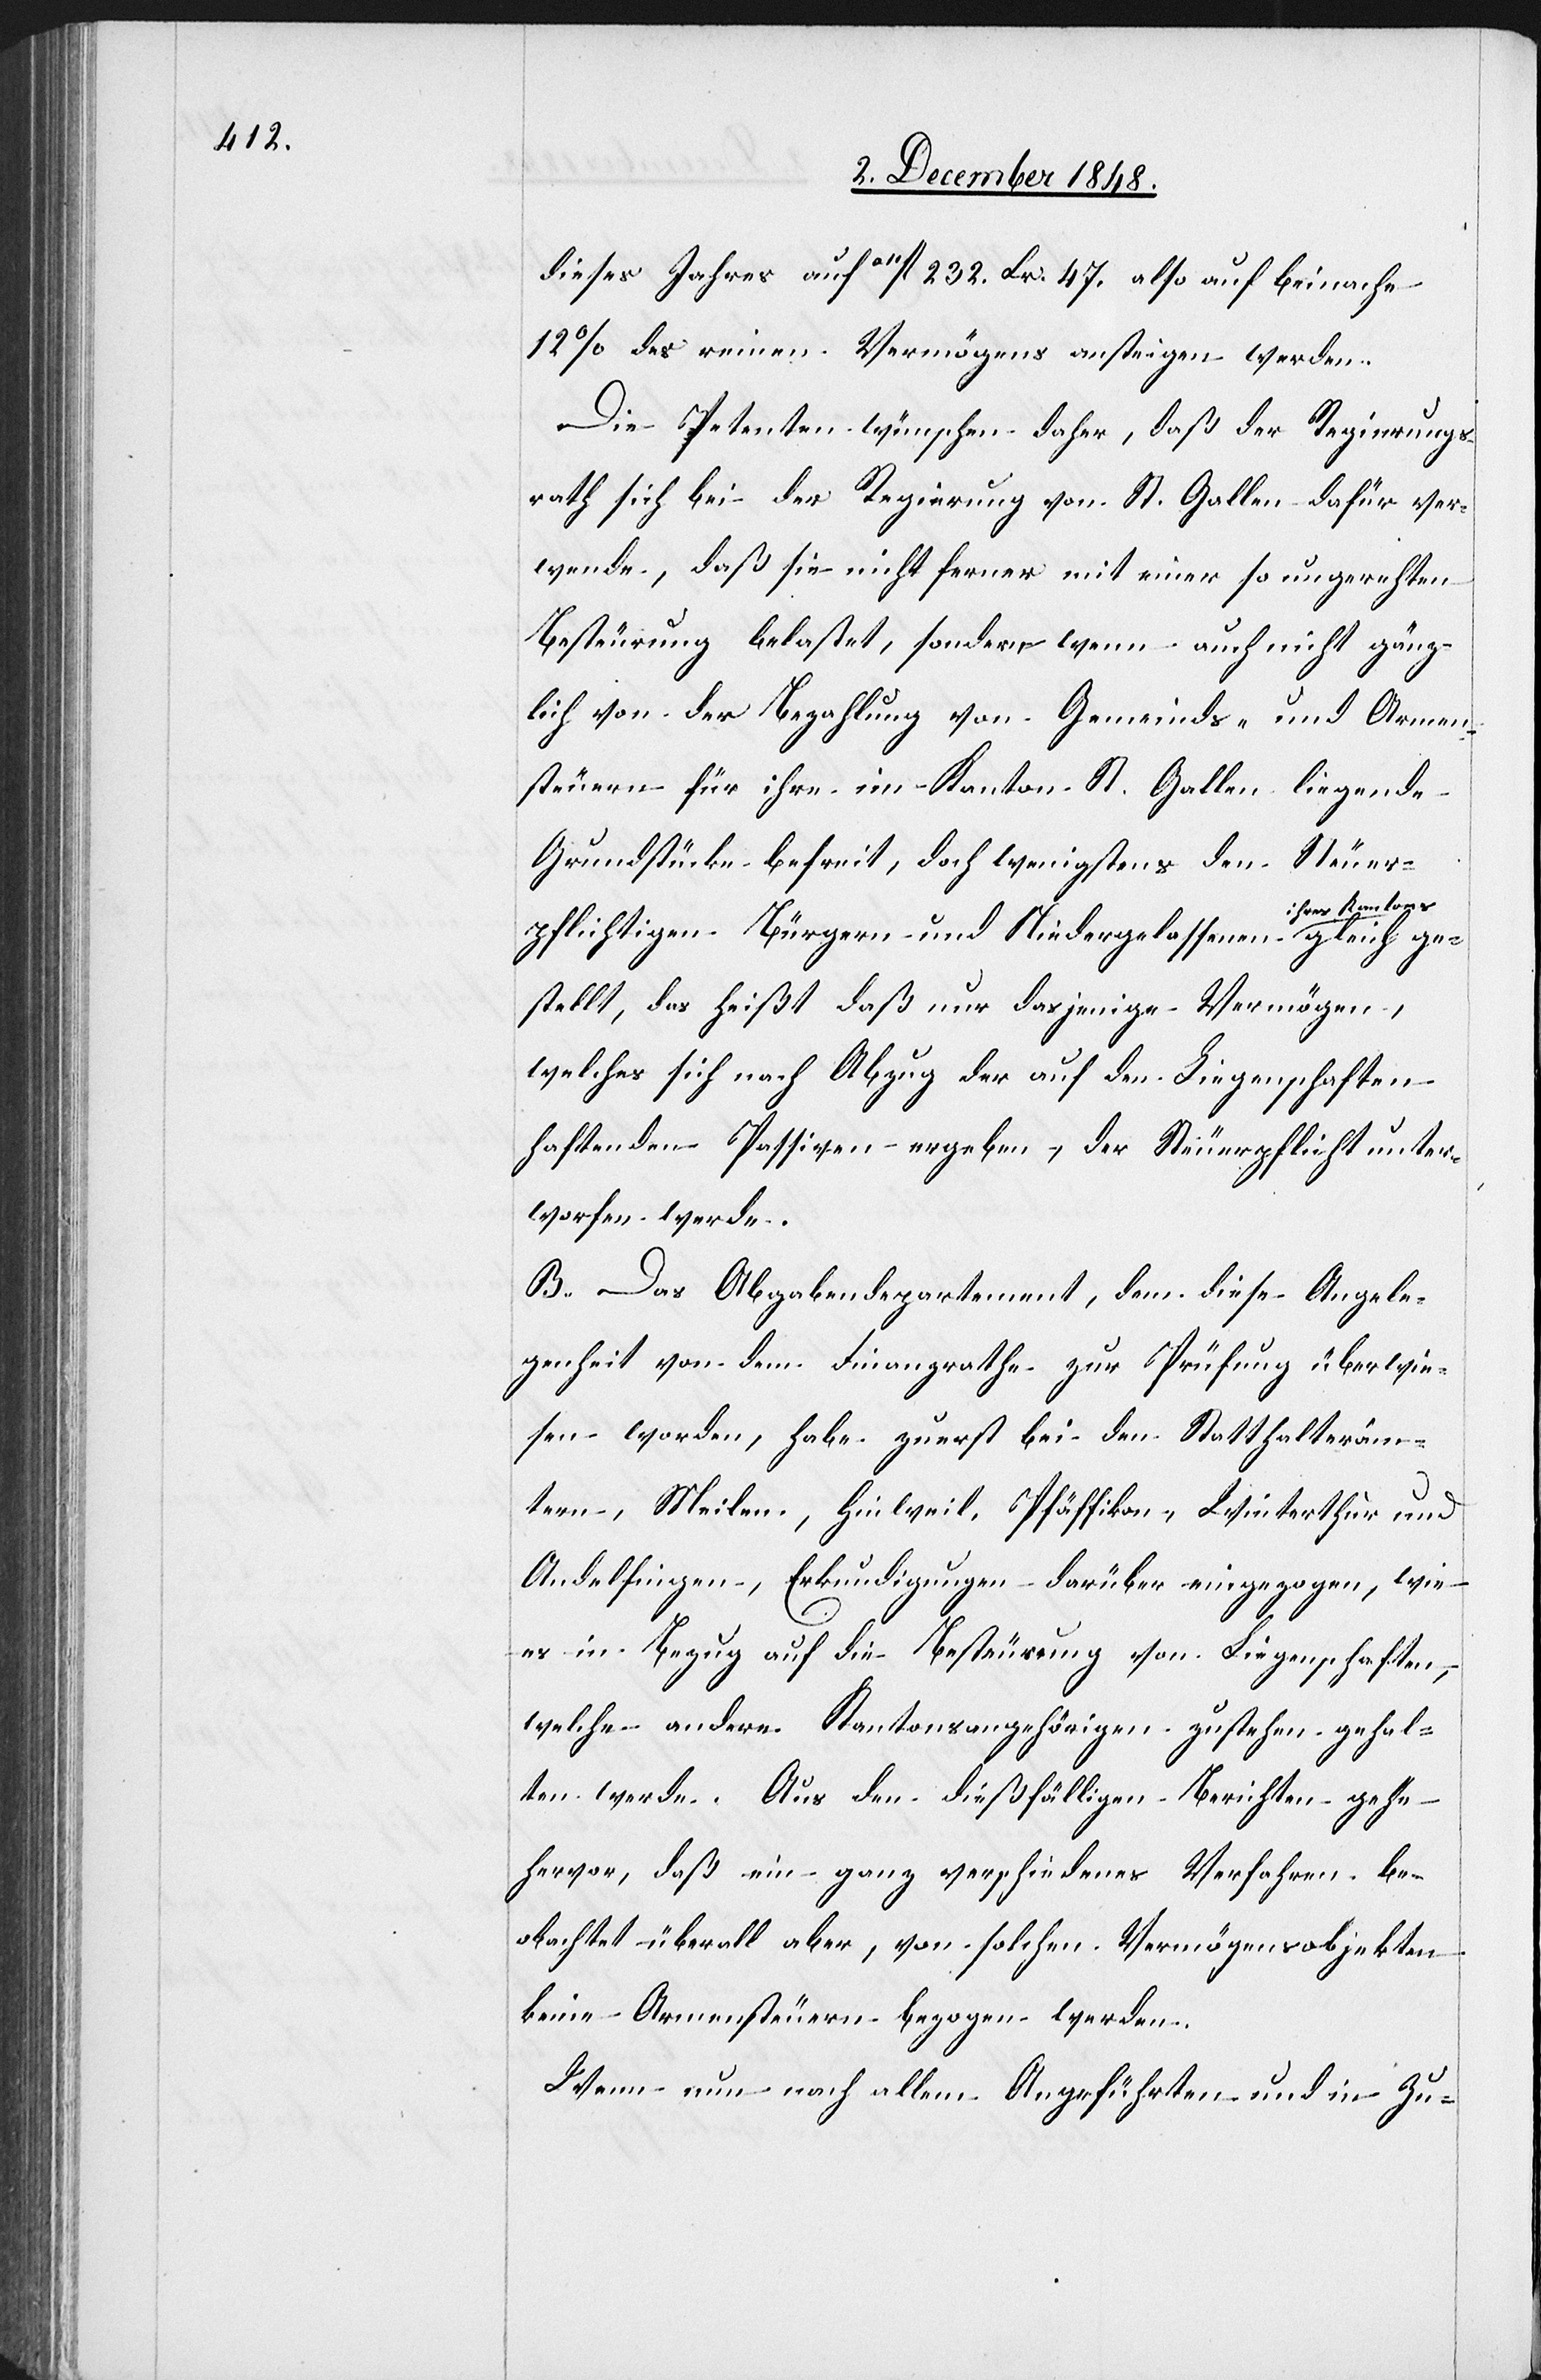
dieses Jahres auf a11fl. 232. Xr. 47. also auf beinahe
12% des reinen Vermögens ansteigen werden.
Die Petenten wünschen daher, daß der Regierungs¬
rath sich bei der Regierung von St. Gallen dafür ver¬
wende, daß sie nicht ferner mit einer so ungerechten
Besteurung belastet, sondern wenn auch nicht gänz¬
lich von der Bezahlung von Gemeinds- und Armen¬
steuern für ihre im Kanton St. Gallen liegende
Grundstücke befreit, doch wenigstens den Steuer¬
pflichtigen Bürgern und Niedergelassenen ihres
gestellt, das heißt daß nur dasjenige Vermögen,
welches sich nach Abzug der auf den Liegenschaften
haftenden Passiven ergeben, der Steuerpflicht unter¬
worfen werde.
B. Das Abgabendepartement, dem diese Angele¬
genheit von dem Finanzrathe zur Prüfung überwie¬
sen worden, habe zuerst bei den Statthalteräm¬
tern, Meilen, Hinweil, Pfäffikon, Winterthur und
Andelfingen, Erkundigungen darüber eingezogen, wie
es in Bezug auf die Besteureung [sic!] von Liegenschaften,
welche andere[n] Kantonsangehörigen zustehen gehal¬
ten werde. Aus den dießfälligen Berichten gehe
hervor, daß ein ganz verschiedenes Verfahren be¬
obachtet überall aber, von solchen Vermögensobjekten
keine Armensteuern bezogen werden.
Wenn nun nach allem Angeführten und in Zu-